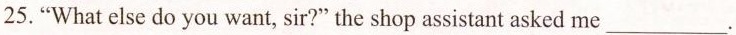
25."What else do you want, sir?"the shop assistant asked me___.